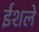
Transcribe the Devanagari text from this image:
ईशले